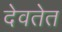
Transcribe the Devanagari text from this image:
देवतेत